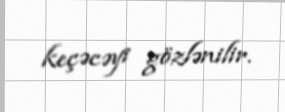
keçəcəyi gözlənilir.